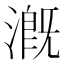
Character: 漑